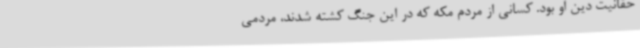
حقانیت دین او بود. کسانی از مردم مکه که در این جنگ کشته شدند، مردمی